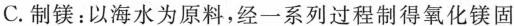
C.制镁：以海水为原料，经一系列过程制得氧化镁固